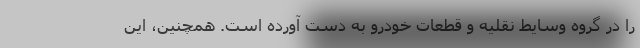
را در گروه وسایط نقلیه و قطعات خودرو به دست آورده است. همچنین، این